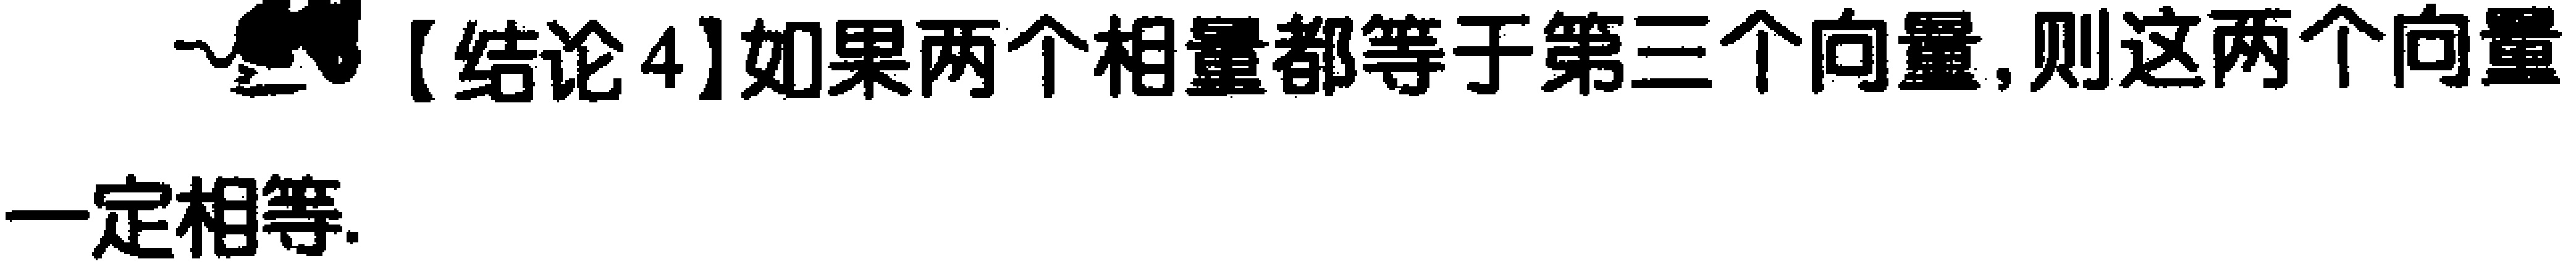
【结论4】如果两个向量都等于第三个向量，则这两个向量一定相等.